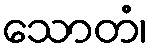
သောတံ၊